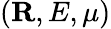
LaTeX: ({\mathbf R},E,\mu)